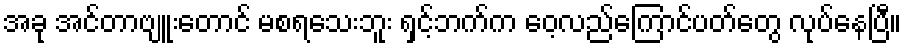
အခု အင်တာဗျူးတောင် မစရသေးဘူး ရှင့်ဘက်က ဝေ့လည်ကြောင်ပတ်တွေ လုပ်နေပြီ။